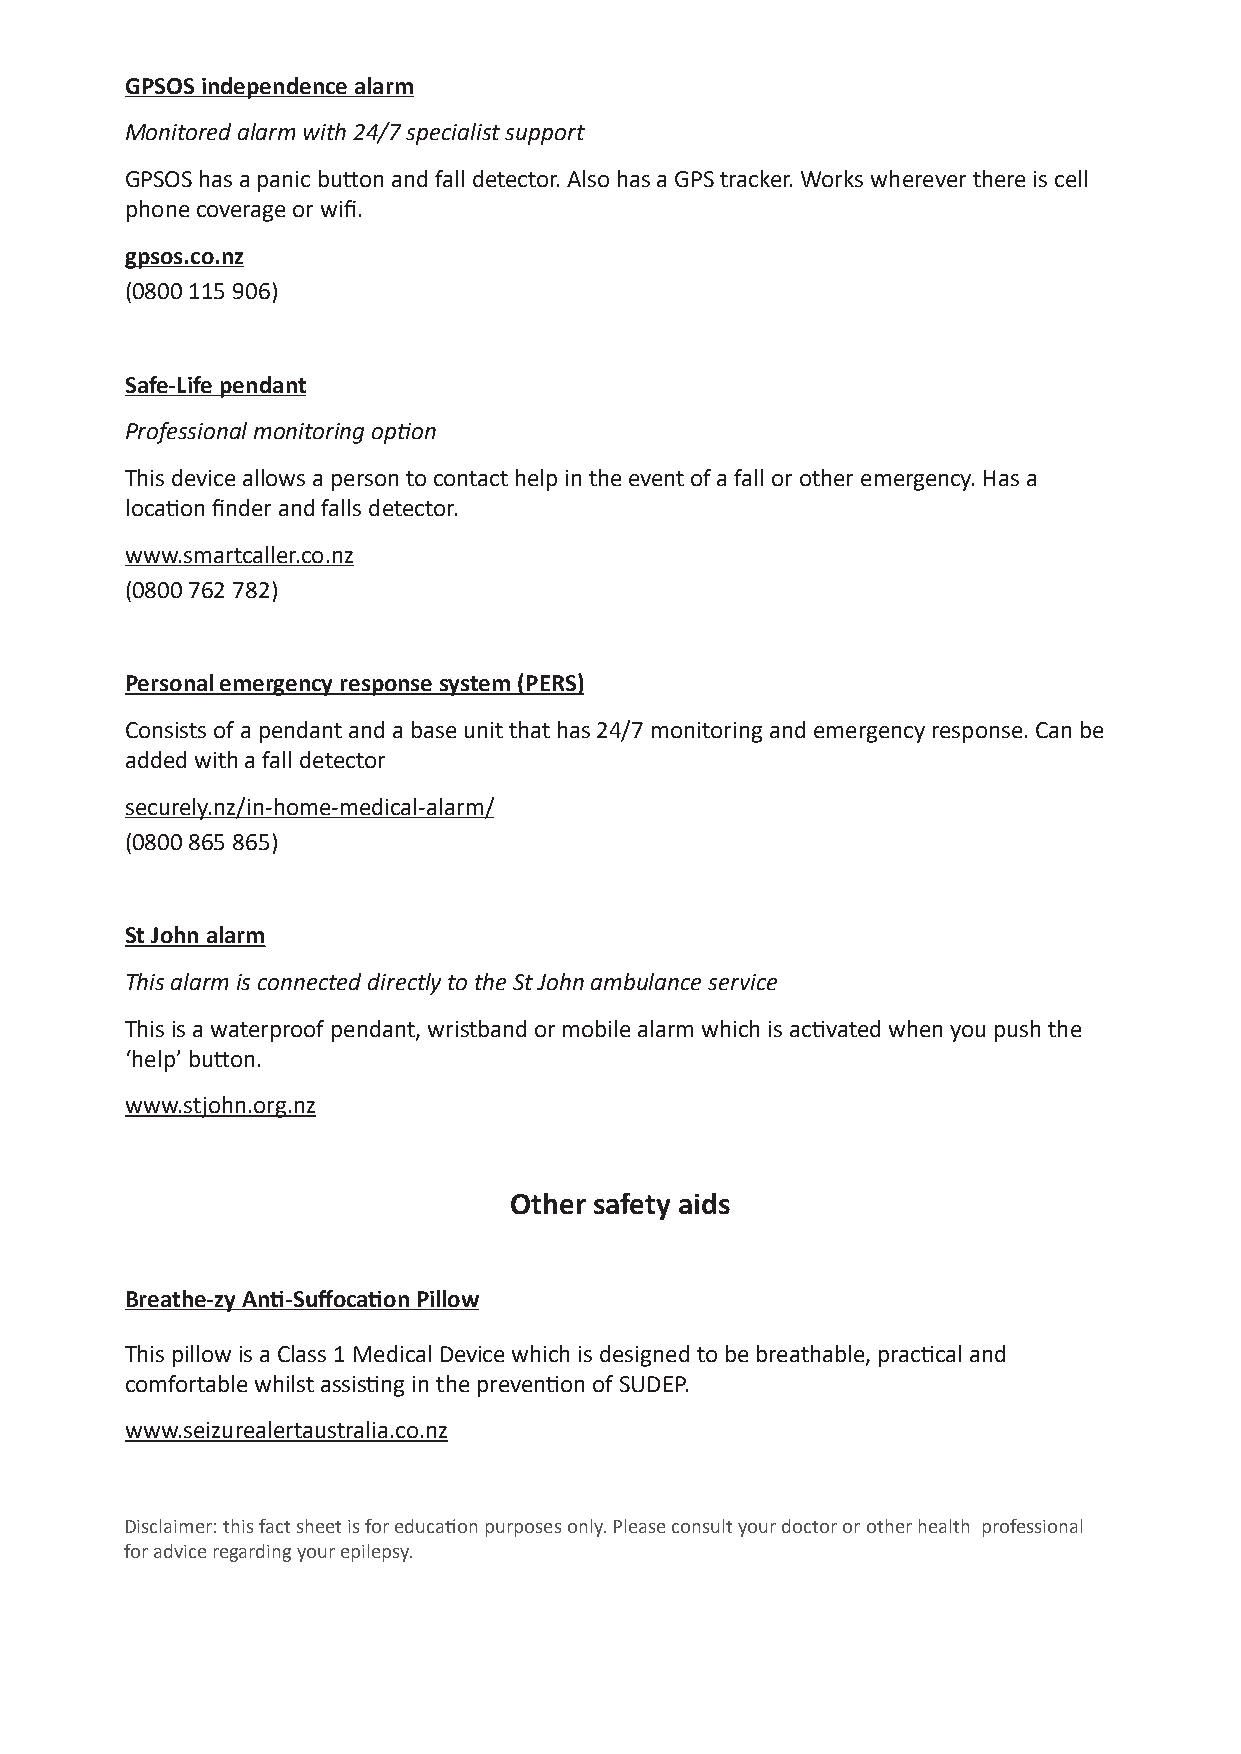
GPSOS independence alarm
 Monitored alarm with 24/7 specialist support
 GPSOS has a panic button and fall detector. Also has a GPS tracker. Works wherever there is cell
 phone coverage or wifi.
 gpsos.co.nz
 (0800 115 906)
 Safe-Life pendant
 Professional monitoring option
 This device allows a person to contact help in the event of a fall or other emergency. Has a
 location finder and falls detector.
 www.smartcaller.co.nz
 (0800 762 782)
 Personal emergency response system (PERS)
 Consists of a pendant and a base unit that has 24/7 monitoring and emergency response. Can be
 added with a fall detector
 securely.nz/in-home-medical-alarm/
 (0800 865 865)
 St John alarm
 This alarm is connected directly to the St John ambulance service
 This is a waterproof pendant, wristband or mobile alarm which is activated when you push the
 ‘help’ button.
 www.stjohn.org.nz
 Other safety aids
 Breathe-zy Anti-Suffocation Pillow
 This pillow is a Class 1 Medical Device which is designed to be breathable, practical and
 comfortable whilst assisting in the prevention of SUDEP.
 www.seizurealertaustralia.co.nz
 Disclaimer: this fact sheet is for educati on purposes only. Please consult your doctor or other health professional
 for advice regarding your epilepsy.